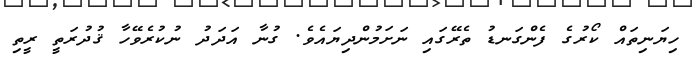
ހިޔަނިތައް ކޯރުގެ ފެންގަނޑު ތެރޭގައި ނަށަމުންދިޔައެވެ. ގުނާ އަދަދު ނުކުރެވޭހާ ޤުދުރަތީ ރީތި